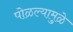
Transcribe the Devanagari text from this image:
पोळल्यामुळे